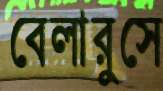
বেলারুসে